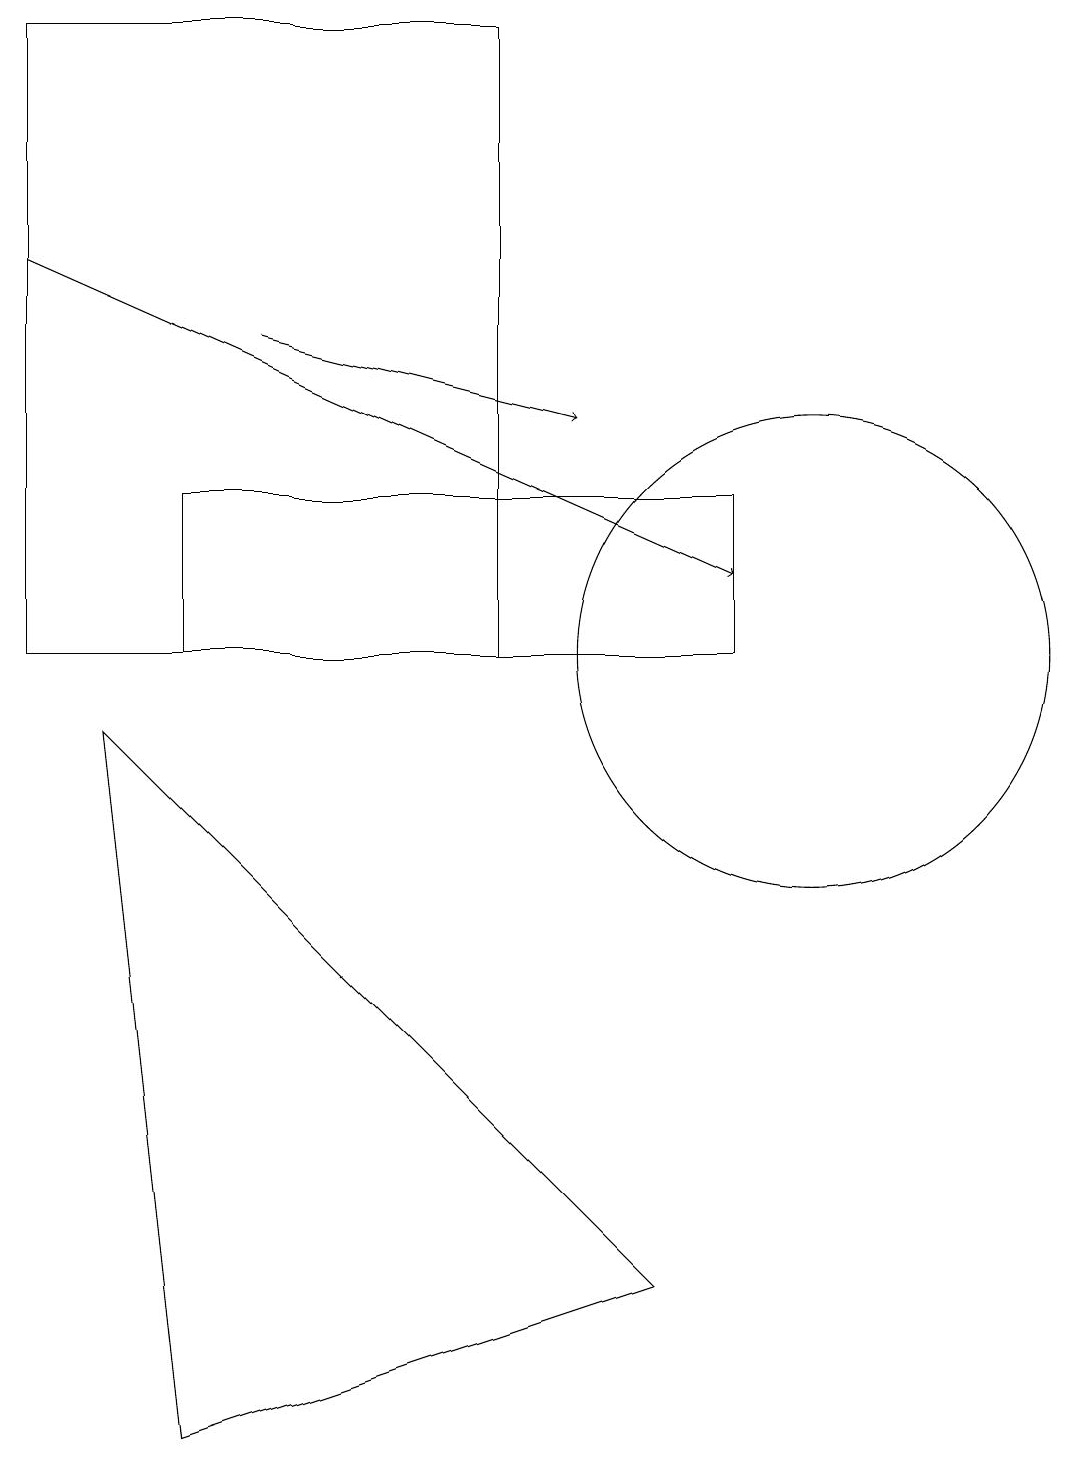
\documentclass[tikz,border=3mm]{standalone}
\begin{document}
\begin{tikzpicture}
\draw (10,10) circle (3);
\draw (2,0) -- (8,2) -- (1,9) -- cycle;
\draw[->] (3,14) -- (7,13);
\draw (2,10) rectangle (9,12);
\draw (0,10) rectangle (6,18);
\draw[->] (0,15) -- (9,11);
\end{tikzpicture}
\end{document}